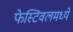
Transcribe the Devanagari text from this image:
फेस्टिवलमध्ये